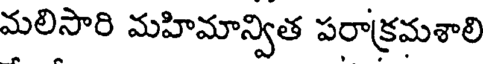
మలిసారి మహిమాన్విత పరాక్రమశాలి